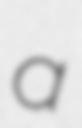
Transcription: a